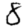
Digit: 8